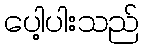
ပေါ့ပါးသည်